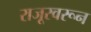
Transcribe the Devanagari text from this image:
राजूरवरून